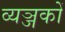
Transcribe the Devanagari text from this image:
व्यञ्जकों